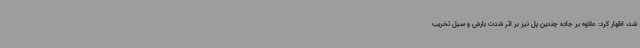
شد، اظهار کرد: علاوه بر جاده چندین پل نیز بر اثر شدت بارش و سیل تخریب